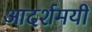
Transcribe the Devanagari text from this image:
आदर्शमयी